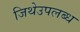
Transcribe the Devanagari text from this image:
जिथेउपलब्ध